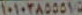
١٠١٠٣٨٥٥٥١٠٥